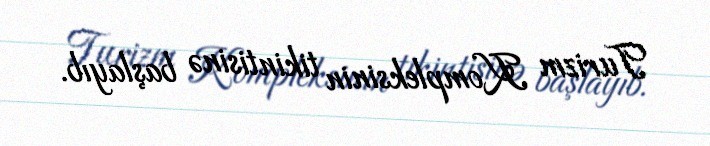
Turizm Kompleksinin tikintisinə başlayıb.